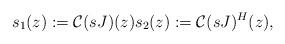
LaTeX: \begin{align*}s_1(z):=\mathcal{C}(sJ)(z) s_2(z):=\mathcal{C}(sJ)^{H}(z),\end{align*}